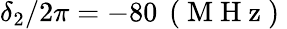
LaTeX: \delta_{2}/2\pi=-80\, \mathrm{~(~M~H~z~)~}